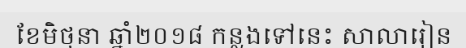
ខែមិថុនា ឆ្នាំ២០១៨ កន្លងទៅនេះ សាលារៀន